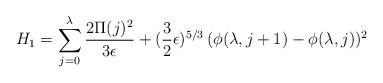
LaTeX: \begin{align*}H_1 = \sum_{j=0}^{\lambda} {2 \Pi(j)^2 \over 3\epsilon} +({3\over 2} \epsilon)^{5/3} \,(\phi(\lambda,j+1)-\phi(\lambda,j))^2\end{align*}